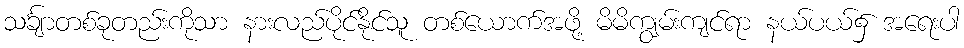
သင်္ချာတစ်ခုတည်းကိုသာ နားလည်ပိုင်နိုင်သူ တစ်ယောက်အဖို့ မိမိကျွမ်းကျင်ရာ နယ်ပယ်၌ အရေးပါ